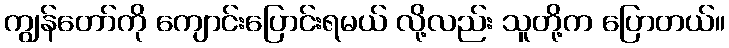
ကျွန်တော်ကို ကျောင်းပြောင်းရမယ် လို့လည်း သူတို့က ပြောတယ်။